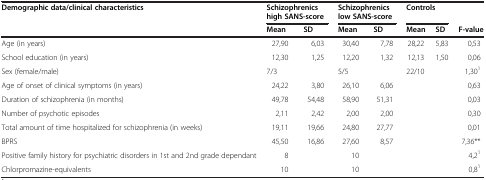
<table><thead><tr><td><b>Demographic data/clinical characteristics</b></td><td colspan="2"><b>Schizophrenics high SANS-score</b></td><td colspan="2"><b>Schizophrenics low SANS-score</b></td><td colspan="2"><b>Controls</b></td><td></td></tr><tr><td></td><td><b>Mean</b></td><td><b>SD</b></td><td><b>Mean</b></td><td><b>SD</b></td><td><b>Mean</b></td><td><b>SD</b></td><td><b>F-value</b></td></tr></thead><tbody><tr><td>Age (in years)</td><td>27,90</td><td>6,03</td><td>30,40</td><td>7,78</td><td>28,22</td><td>5,83</td><td>0,53</td></tr><tr><td>School education (in years)</td><td>12,30</td><td>1,25</td><td>12,20</td><td>1,32</td><td>12,13</td><td>1,50</td><td>0,06</td></tr><tr><td>Sex (female/male)</td><td>7/3</td><td></td><td>5/5</td><td></td><td>22/10</td><td></td><td>1,30<sup>1</sup></td></tr><tr><td>Age of onset of clinical symptoms (in years)</td><td>24,22</td><td>3,80</td><td>26,10</td><td>6,06</td><td></td><td></td><td>0,63</td></tr><tr><td>Duration of schizophrenia (in months)</td><td>49,78</td><td>54,48</td><td>58,90</td><td>51,31</td><td></td><td></td><td>0,03</td></tr><tr><td>Number of psychotic episodes</td><td>2,11</td><td>2,42</td><td>2,00</td><td>2,00</td><td></td><td></td><td>0,30</td></tr><tr><td>Total amount of time hospitalized for schizophrenia (in weeks)</td><td>19,11</td><td>19,66</td><td>24,80</td><td>27,77</td><td></td><td></td><td>0,01</td></tr><tr><td>BPRS</td><td>45,50</td><td>16,86</td><td>27,60</td><td>8,57</td><td></td><td></td><td>7,36**</td></tr><tr><td>Positive family history for psychiatric disorders in 1st and 2nd grade dependant</td><td>8</td><td></td><td>10</td><td></td><td></td><td></td><td>4,2<sup>1</sup></td></tr><tr><td>Chlorpromazine-equivalents</td><td>10</td><td></td><td>10</td><td></td><td></td><td></td><td>0,8<sup>1</sup></td></tr></tbody></table>